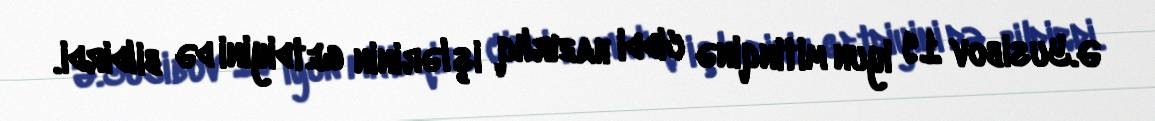
Ə.Yusibov 19 iyun mitinqinə ciddi hazırlıq işlərinin getdiyini də bildirdi.